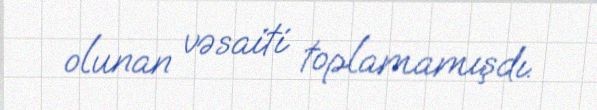
olunan vəsaiti toplamamışdı.